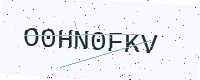
Text: O0HN0FKV